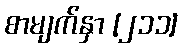
စာမျက်နှာ [၂၁၁]